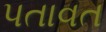
પતાવત